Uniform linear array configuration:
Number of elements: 64
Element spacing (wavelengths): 0.5
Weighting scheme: hann
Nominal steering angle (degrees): -45
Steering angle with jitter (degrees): -45.393
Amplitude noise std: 0.05
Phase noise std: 0.05

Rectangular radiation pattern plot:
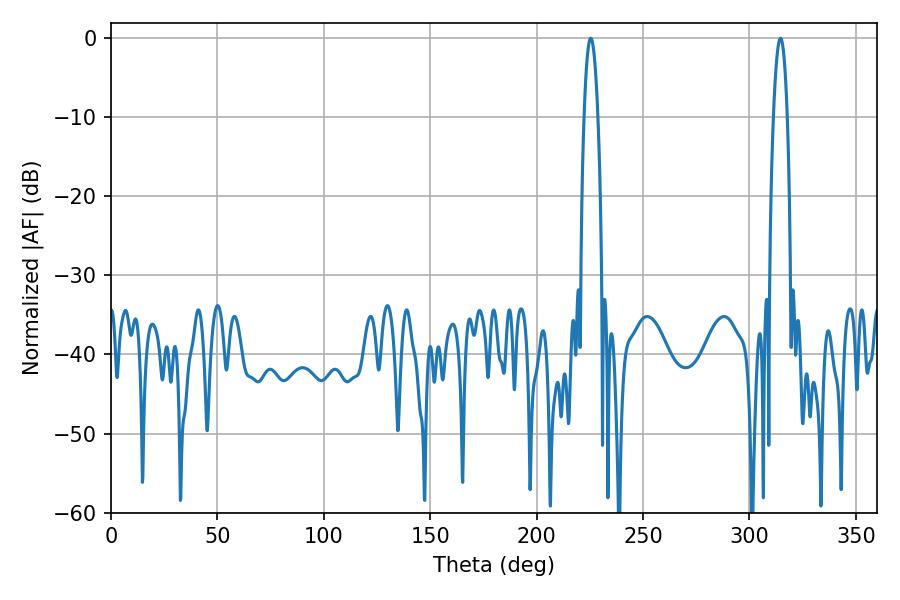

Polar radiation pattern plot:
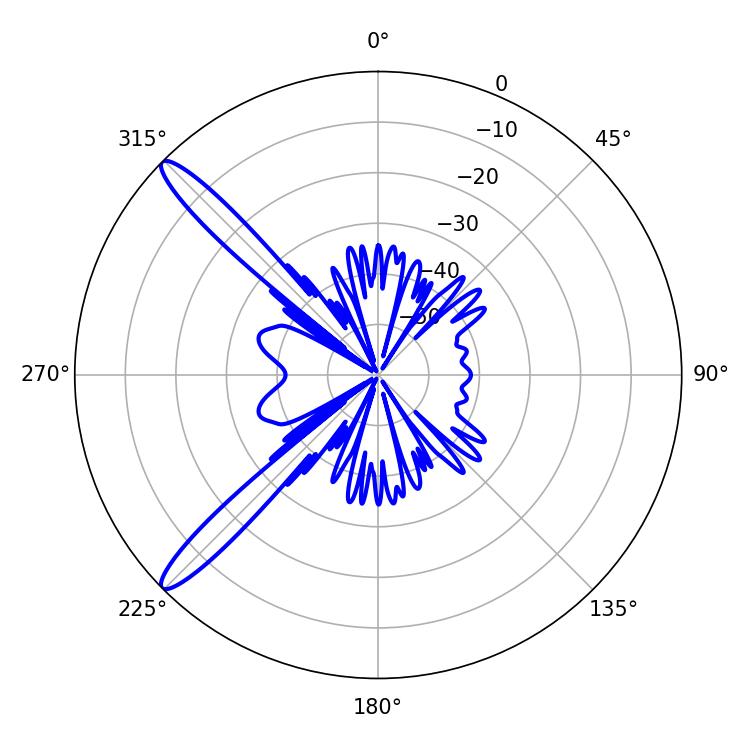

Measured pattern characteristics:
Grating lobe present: FALSE
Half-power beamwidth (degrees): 3.42
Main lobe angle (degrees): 225.36